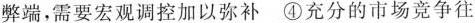
弊端，需要宏观调控加以弥补④充分的市场竞争往